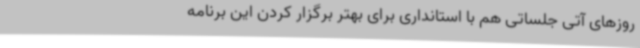
روزهای آتی جلساتی هم با استانداری برای بهتر برگزار کردن این برنامه